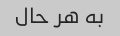
به هر حال